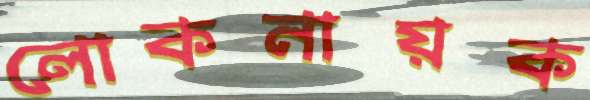
লোকনায়ক